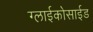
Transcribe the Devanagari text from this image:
ग्लाईकोसाईड